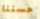
حسننا